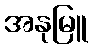
အနုမြူ